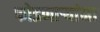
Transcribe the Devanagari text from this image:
फोडणाऱ्यांना